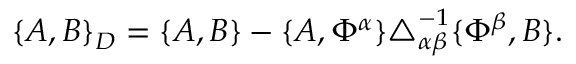
\begin{array} { r } { \{ A , B \} _ { D } = \{ A , B \} - \{ A , \Phi ^ { \alpha } \} \triangle _ { \alpha \beta } ^ { - 1 } \{ \Phi ^ { \beta } , B \} . } \end{array}